Second report of the anti-malarial operations at Mian Mir, 1901-1903 - Number 9
Year: 1901
Disease focus: Malaria
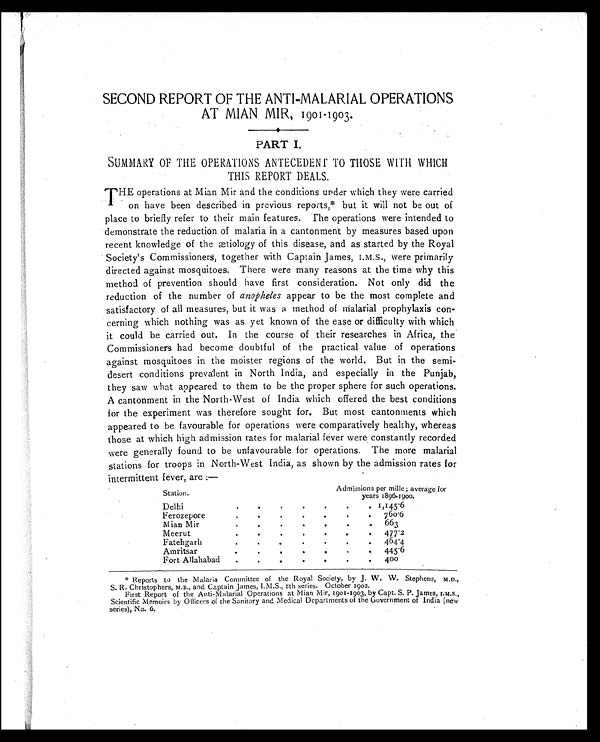
SECOND REPORT OF THE ANTI-MALARIAL OPERATIONS
AT MIAN MIR, 1901-1903.
PART I.
SUMMARY OF THE OPERATIONS ANTECEDEN TO THOSE WITH WHICH
THIS REPORT DEALS.
THE operations at Mian Mir and the conditions under which they were carried
on have been described in previous reports,* but it will not be out of
place to briefly refer to their main features. The operations were intended to
demonstrate the reduction of malaria in a cantonment by measures based upon
recent knowledge of the ætiology of this disease, and as started by the Royal
Society's Commissioners, together with Captain James, I.M.S., were primarily
directed against mosquitoes. There were many reasons at the time why this
method of prevention should have first consideration. Not only did the
reduction of the number of anopheles appear to be the most complete and
satisfactory of all measures, but it was a method of malarial prophylaxis con-
cerning which nothing was as yet known of the ease or difficulty with which
it could be carried out. In the course of their researches in Africa, the
Commissioners had become doubtful of the practical value of operations
against mosquitoes in the moister regions of the world. But in the semi-
desert conditions prevalent in North India, and especially in the Punjab,
they saw what appeared to them to be the proper sphere for such operations.
A cantonment in the North-West of India which offered the best conditions
for the experiment was therefore sought for. But most cantonments which
appeared to be favourable for operations were comparatively healthy, whereas
those at which high admission rates for malarial fever were constantly recorded
were generally found to be unfavourable for operations. The more malarial
stations for troops in North-West India, as shown by the admission rates for
intermittent fever, are :—
Station.
Admissions per mille ; average for
years 1896-1900.
Delhi
. .
.
.
.
.
.
1,145.6
Ferozepore
. .
.
.
.
.
.
760.6
Mian Mir
.
.
.
.
.
.
,
663
Meerut
.
.
.
.
.
.
.
477.2
Fatehgarh
.
.
.
.
.
.
.
464.4
Amritsar
.
.
.
.
.
.
.
445.6
Fort Allahabad
.
.
. .
.
.
. 400
* Reports to the Malaria Committee of the Royal Society, by J. W. W. Stephens, M.D.,
S. R. Christophers, M.B., and Captain James, 8
th series. October 1902.
First Report of the Anti-Malarial Operations at Mian Mir, 1901-1903, by Capt. S. P. James,
I.M.S., Scientific Memoirs by Officers of the Sanitary and Medical Departments of the Government of India (new
series), No. 6.